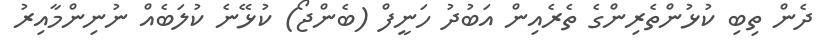
ދެން ތިބި ކުޅުންތެރިންގެ ތެރެއިން އަބުދު ހަނީފް (ބެންޖޯ) ކުޅޭނެ ކުލަބެއް ނުނިންމާއިރު